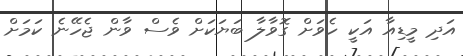
އަދި މީޑިއާ އަކީ ހެވަށް ގޮވާލާ ބަޔަކަށް ވެސް ވާން ޖެހޭނެ ކަމަށް